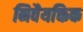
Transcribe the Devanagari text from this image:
निवैयक्तिक